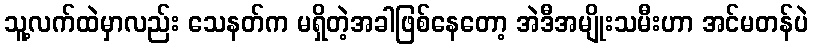
သူ့လက်ထဲမှာလည်း သေနတ်က မရှိတဲ့အခါဖြစ်နေတော့ အဲဒီအမျိုးသမီးဟာ အင်မတန်ပဲ